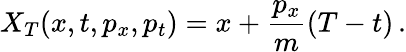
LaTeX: X_{T}(x,t,p_{x},p_{t})=x+\frac{p_{x}}{m}(T-t)\, .